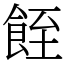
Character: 䬹